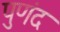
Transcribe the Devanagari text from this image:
पुणंद